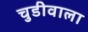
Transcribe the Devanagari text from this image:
चुडीवाला